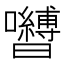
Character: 𭌺